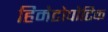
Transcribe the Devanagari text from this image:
हिमेटोपोटिक